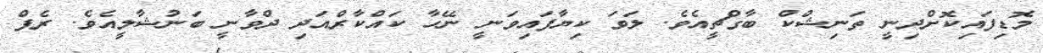
މޮޑިފައިކޮށްދިނީ ތަނިޝްކް ބާގްޗީއެވެ. ލަވަ ކިޔާފައިވަނީ ނޭހާ ކައްކާރްއަދި ދްވާނީ ބަނުޝާލީއެވެ. ރެޕް